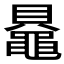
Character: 𬹠